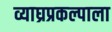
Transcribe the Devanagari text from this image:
व्याघ्रप्रकल्पाला